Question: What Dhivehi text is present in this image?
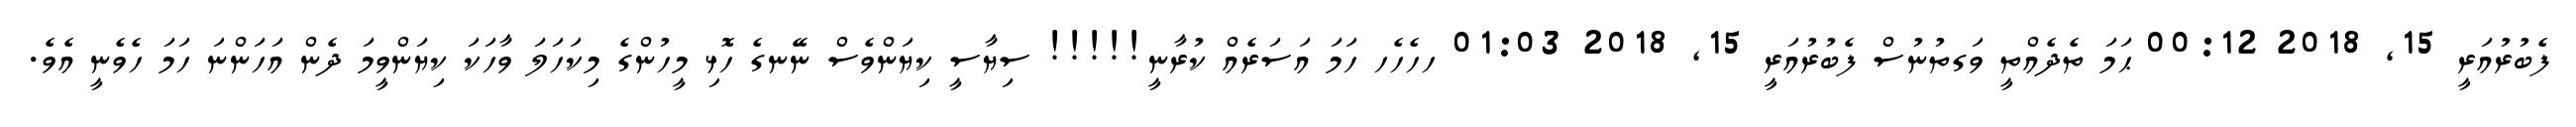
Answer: ފެބުރުއަރީ 15, 2018 00:12 ޙަމަ ތެދެއްތީ ވަގތުނުސް ފެބުރުއަރީ 15, 2018 01:03 ހހެހެހ ހަމަ އަސަރެއް ކުރާނީ!!!!! ސިޔާސީ ކިޔަންވެސް ނޭނގެ ހޮޅި މީހުންގެ މިކަހަލަ ވާހަކަ ކިޔަންވީމަ ދެން އަހަންނަ ހަމަ ހެވެނީ އެވެ.